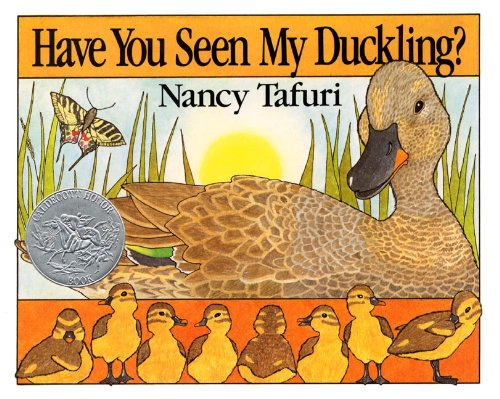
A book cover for Have You Seen My Duckling?; Nancy Tafuri; Children's Books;